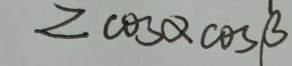
$2\cos\alpha\cos\beta$